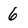
Character: 6